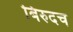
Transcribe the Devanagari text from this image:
बिरुदच